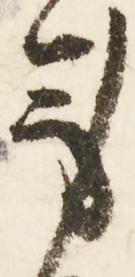
身